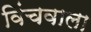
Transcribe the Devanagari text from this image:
विंचवाला